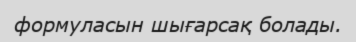
формуласын шығарсақ болады.